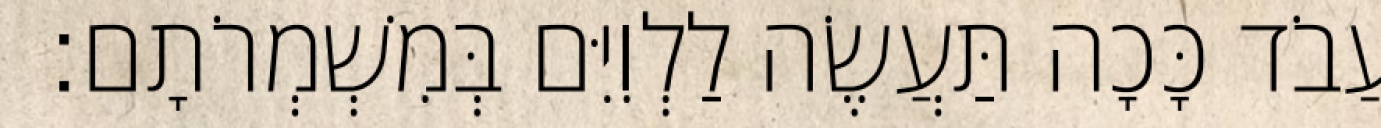
יַעֲבֹד כָּכָה תַּעֲשֶׂה לַלְוִיִּם בְּמִשְׁמְרֹתָם׃